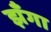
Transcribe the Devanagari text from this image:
झँगा